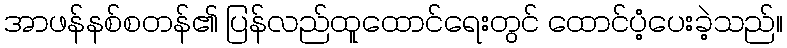
အာဖန်နစ်စတန်၏ ပြန်လည်ထူထောင်ရေးတွင် ထောင်ပံ့ပေးခဲ့သည်။